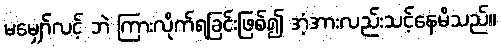
မမျှော်လင့် ဘဲ ကြားလိုက်ရခြင်းဖြစ်၍ အံ့အားလည်းသင့်နေမိသည်။